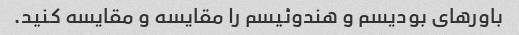
باورهای بودیسم و هندوئیسم را مقایسه و مقایسه کنید.